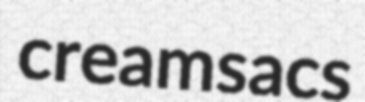
creamsacs